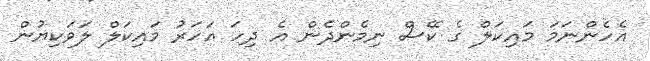
އެހެންނަމަ މައިކަލް ގެ ކޭސް ނިމެންދެން އެ ދިހަ އަހަރު މައިކަލް ލަވަކިޔުން